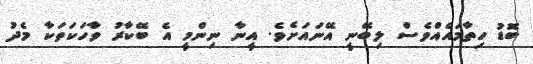
ބޮޑު ހިތާމައެއްވެސް ލިބޭނީ އޭނައަށެވެ. އީނާ ނިންމީ އެ ބޭކާރު ވާހަކަތަކާ މެދު